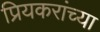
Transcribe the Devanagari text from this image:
प्रियकरांच्या